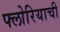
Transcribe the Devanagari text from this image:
फ्लोरियाची